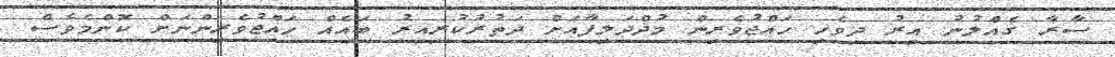
ސާރާ ގެއްލުނު އިރު ދިވެހި ހައްޖުވެރިން މުޛްދަލިފާއަށް ދަތުރުކުރިއިރު ބައެއް ހައްޖުވެރިންނަށް ކޮންމެވެސް